Annual report of the Civil Veterinary Department, Bengal, for the year 1898-99 - 1898-1899
Year: 1898
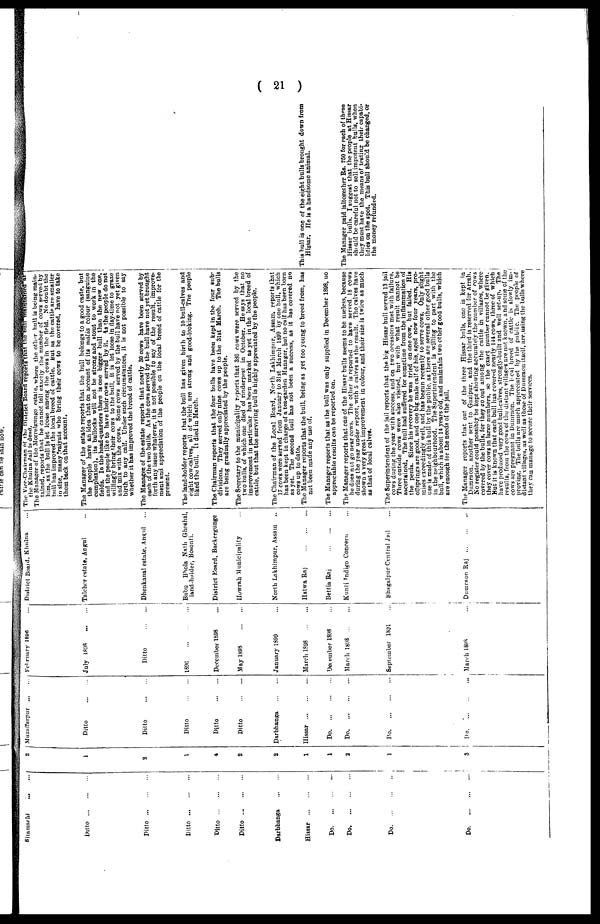
( 21 )
Sitamarhi
...
...
Ditto
...
...
...
Ditto
...
...
...
Ditto
...
...
...
Ditto
...
...
...
Ditto
...
...
...
Darbhanga
...
...
Hissar
...
...
...
Do. ... ... ...
Do. ... ... ...
Do.
...
...
...
Do. ... ... ...
2
1
2
1
4
2
2
1
1
2
1
3
Muzaffarpur ... ...
Ditto ... ...
Ditto
...
...
Ditto
...
...
Ditto ... ...
Ditto
...
...
Darbhanga
...
...
Hissar
...
...
...
Do. ... ... ...
Do. ... ... ...
Do. ... ... ...
Do. ... ... ...
February 1896 ...
July
1808 ... ...
Ditto
...
...
1896 ... ...
December 1898 ...
May 1898 ... ...
January 1899 ...
March 1898
...
...
December 1898 ...
March
1898 ... ...
September 1891 ...
March 1898 ...
District Board, Khulna ...
Talcher estate, Angul ..
Dhenkanal estate, Angul ...
Bubu Bhola Nath Ghoshal,
land-holder, Bosonti.
District Board, Backergunge
Howrah Municipality ...
North Lakhimpur, Assam ..
Hatwa Raj
...
...
...
Bettia Raj
...
...
...
Kunti Indigo Concern ...
Bhagalpur Central Jail ...
Dumraon Raj
...
...
...
The Vice-Chairman of the District Board reports that the bull maffitained at
the Khulna Jail is dead.
The Manager of the Morrelgunge estate, where the other bull is being main-
tained, reports that he cannot tell exactly the number of cows served by
him, as the bull is let loose among the cows in the field. No doubt the
bull has improved the local breed of cattle. but as the cattle are smaller
in size, many Traiyats who bring their cows to be covered, have to take
them back on that account.
The Manager of the estate reports that the hull belongs to a good caste, but
the people have an idea that on account of its malia colour (sanguine
complexion), its bullocks will not be strong and stout to work in the
fields. In the head-quarters there is one bigger bull than the new one.
and the people like to have their cows served by it. As the people do not
willingly bring their cows to the bull, it is let loose in day-time to graze
and mix with the cows. Some cows served by the bull have not yet given
birth to any calf. Under such circumstances, it is not possible to say
whether it has improved the breed of cattle.
The Manages of the estate reports that nearly 30 cows have been served by
each of the two bulls. As the cows served by the bull have not yet brought
forth any issue whatever, it is not possible to say of the result, improve-
ment and appreciation of the people on the local breed of cattle for the
present.
The land-holder reports that the bull has given birth to 10 bull-calves and
eight cow-calves, all of which are strong and good-looking. The people
liked the bull. It died in March.
The Chairman reports that the four bulls have been kept in the four sub-
divisions. They served only nine cows up to the 31st March. The bulls
are being gradually appreciated by the people.
The Secretary to the municipality reports that 330 cows were served by the
two hulls, of which one died of rinderpest in October. He says that no
improvement in particular has been marked as yet in the local breed of
cattle, but that the surviving bull is highly appreciated by the people.
The Chairman of the Local Board, North Lakhimpur, Assam, reports that
17 cows were served from January to 31st March 1899 by one bull, which
has been kept in charge of a tea-garden Manager, but no calf has been born
as yet. The second bull has not been a success, as it has covered no
cows up to date.
The Manager reports that the bull, being as yet too young to breed from, has
not been made any use of.
The Manager reports that as the bull was only supplied in December 1898, no
appreciable results can be reported on.
The Manager reports that one of the Hissar bulls seems to be useless, because
he does net go near cows. The other is reported to have served 18 cows
during the year under report, with 5 calves as the result. The calves have
shown a very great improvement in colour, and their size is twice as much
as that of local calves.
The Superintendent of the jail reports that the big Hissar bull served 13 jail
cows during the year with success, and on two occasions met with failure.
Three outside cows were also visited, but with what result cannot be
ascertained. The bull had suffered for sometime from the inflammation of
the penis. Since his recovery he was tried on one cow, but failed. His
offsprings are good, and one big male calf of his, aged now four years, pro-
mises exceedingly well, and has begun recently to serve cows. Only slight
use is made of this bull by the public, as there are several other good bulls
in the neighbourhood. The Superintendent is willing to part with the
bull, which is about 14 years old, and maintain two other good bulls, which
are enough for the needs of the jail.
The Manager reports that out of the three Hissar bulls, one is kept in
Dumraon, another sent to Gazipur, and the third is reserved for Arrah.
No register could possibly be kept showing accurately the number of cows :
covered by the bulls, for they go out among the cattle in villages, where
they cover cows in large numbers, so the exact number cannot be given.
But it is known that each bull has covered nearly 144 cows, three of which
have produced very good bull calves, strongly-built and well set-up. The
results, from the cows of the distant villages are not known, and some of the
cows are pregnant in Dumraon. The leal breed of cattle is slowly im- i
proving. The bulls are much appreciated by the public. The people of
distant villages, as well as those of Dumraon itself, are using the bulls where
they can manhge to secure their services.
This bull is one of the eight bulls brought down from
Hissar. He is a handsome animal.
The Manager paid laltogether Rs. 250 for each of these
Hissar bulls. I suggest that the people at Hissar
should be careful not to sell impotent bulls, when
they must have the means of testing their capabi-
lities on the spot. This bull should be changed, or
the money refunded.